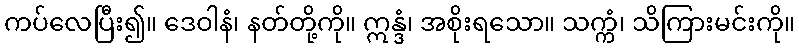
ကပ်လေပြီး၍။ ဒေဝါနံ၊ နတ်တို့ကို။ ဣန္ဒံ၊ အစိုးရသော။ သက္ကံ၊ သိကြားမင်းကို။